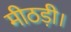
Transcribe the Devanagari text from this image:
मीठड़ी।